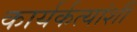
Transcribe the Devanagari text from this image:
कार्यर्कत्यांशी